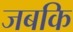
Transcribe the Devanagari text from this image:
जबकि